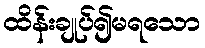
ထိန်းချုပ်၍မရသော